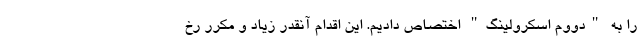
را به "دووم اسکرولینگ" اختصاص دادیم. این اقدام آنقدر زیاد و مکرر رخ